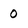
Character: 0